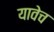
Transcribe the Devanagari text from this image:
यावेच